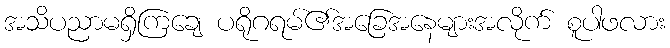
အသိပညာမရှိကြချေ ပရိုဂရမ်၏အခြေအနေများအလိုက် စူပါဖလား